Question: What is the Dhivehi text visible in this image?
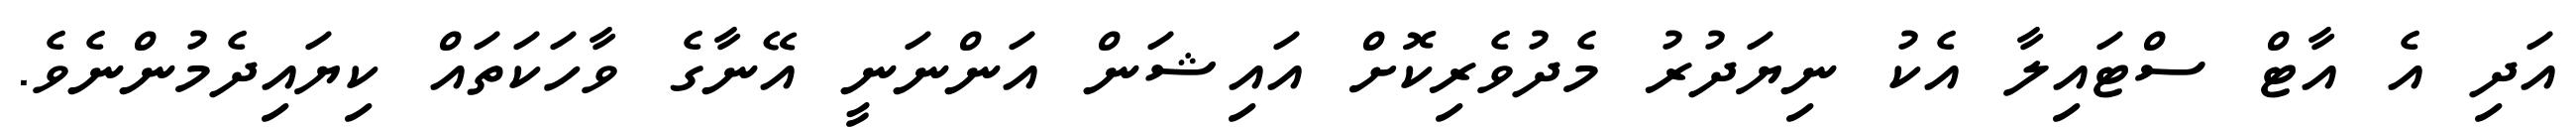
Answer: އަދި އެ އާޓް ސްޓައިލާ އެކު ނިޔަދުރު މެދުވެރިކޮށް އައިޝަން އަންނަނީ އޭނާގެ ވާހަކަތައް ކިޔައިދެމުންނެވެ.